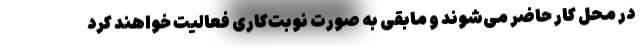
در محل کار حاضر می‌شوند و مابقی به صورت نوبت‌کاری فعالیت خواهند کرد